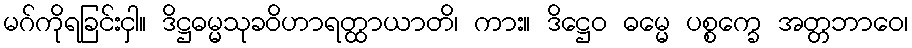
မဂ်ကိုရခြင်းငှါ။ ဒိဋ္ဌဓမ္မသုခဝိဟာရတ္ထာယာတိ၊ ကား။ ဒိဋ္ဌေဝ ဓမ္မေ ပစ္စက္ခေ အတ္တဘာဝေ၊